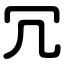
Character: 冗